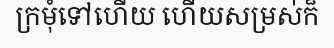
ក្រមុំទៅហើយ ហើយសម្រស់ក៏